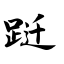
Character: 跹